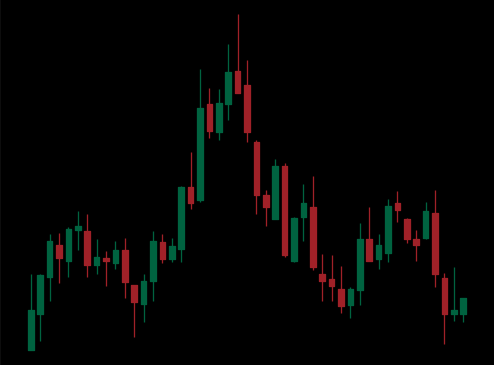
Pattern: head_shoulders